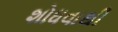
શોધવાથી